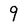
Character: 9